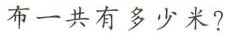
布一共有多少米?